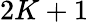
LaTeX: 2K+1